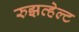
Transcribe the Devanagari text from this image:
रुझव्हेल्ट